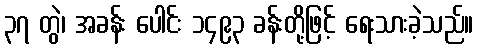
၃၇ တွဲ၊ အခန်း ပေါင်း ၁၄၉၃ ခန်းတို့ဖြင့် ရေးသားခဲ့သည်။